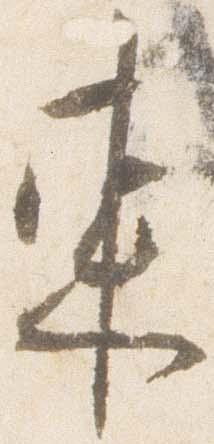
東